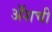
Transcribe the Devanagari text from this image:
ॲशची